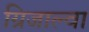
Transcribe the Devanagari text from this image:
ग्रिजाल्वा